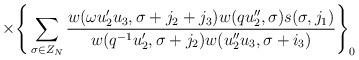
LaTeX: \begin{align*}\times\Bigg\{\sum_{\sigma\in Z_N}\frac{w(\omega u_2'u_3,\sigma+j_2+j_3)w(qu_2'',\sigma)s(\sigma,j_1)}{w(q^{-1}u_2',\sigma+j_2)w(u_2''u_3,\sigma+i_3)}\Bigg\}_0\end{align*}